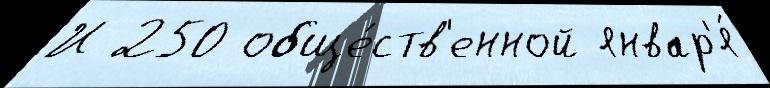
И 250 обще́ств'енной январ'я́